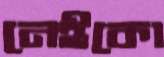
নেইকো